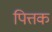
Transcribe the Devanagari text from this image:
पित्तक